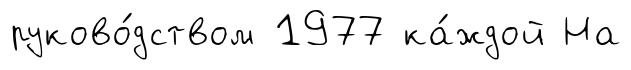
руково́дством 1977 ка́ждой На